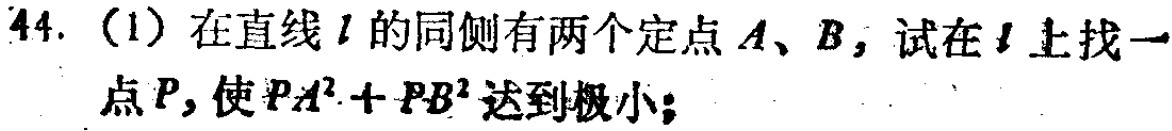
44. (1) 在直线 \(l\) 的同侧有两个定点 \(A\)、\(B\)，试在 \(l\) 上找一点 \(P\)，使 \(PA^{2}+PB^{2}\) 达到极小；